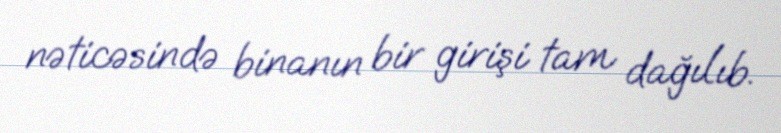
nəticəsində binanın bir girişi tam dağılıb.